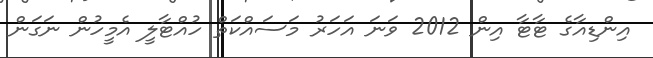
އިންޑިއާގެ ޓާާޓާ އިން 2012 ވަނަ އަހަރު މަސައްކަތް ހުއްޓާލީ އެމީހުން ނަގަން